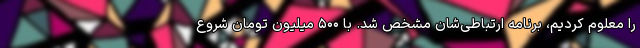
را معلوم کردیم، برنامه ارتباطی‌شان مشخص شد. با ۵۰۰ میلیون تومان شروع